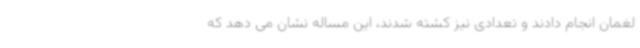
لغمان انجام دادند و تعدادی نیز کشته شدند، این مساله نشان می دهد که